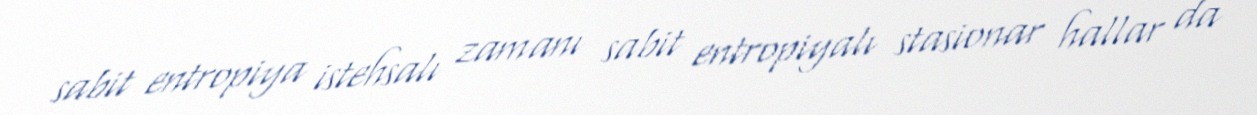
sabit entropiya istehsalı zamanı sabit entropiyalı stasionar hallar da